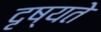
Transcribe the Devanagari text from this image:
दृष्यते